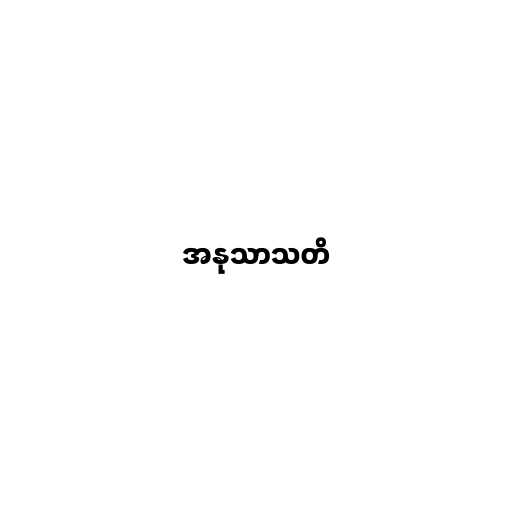
အနုသာသတိ